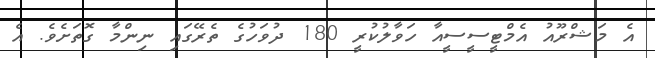
އެ މަޝްރޫއު އެމްޓީސީސީއާ ހަވާލުކުރީ 180 ދުވަހުގެ ތެރޭގައި ނިންމާ ގޮތަށެވެ. އެ